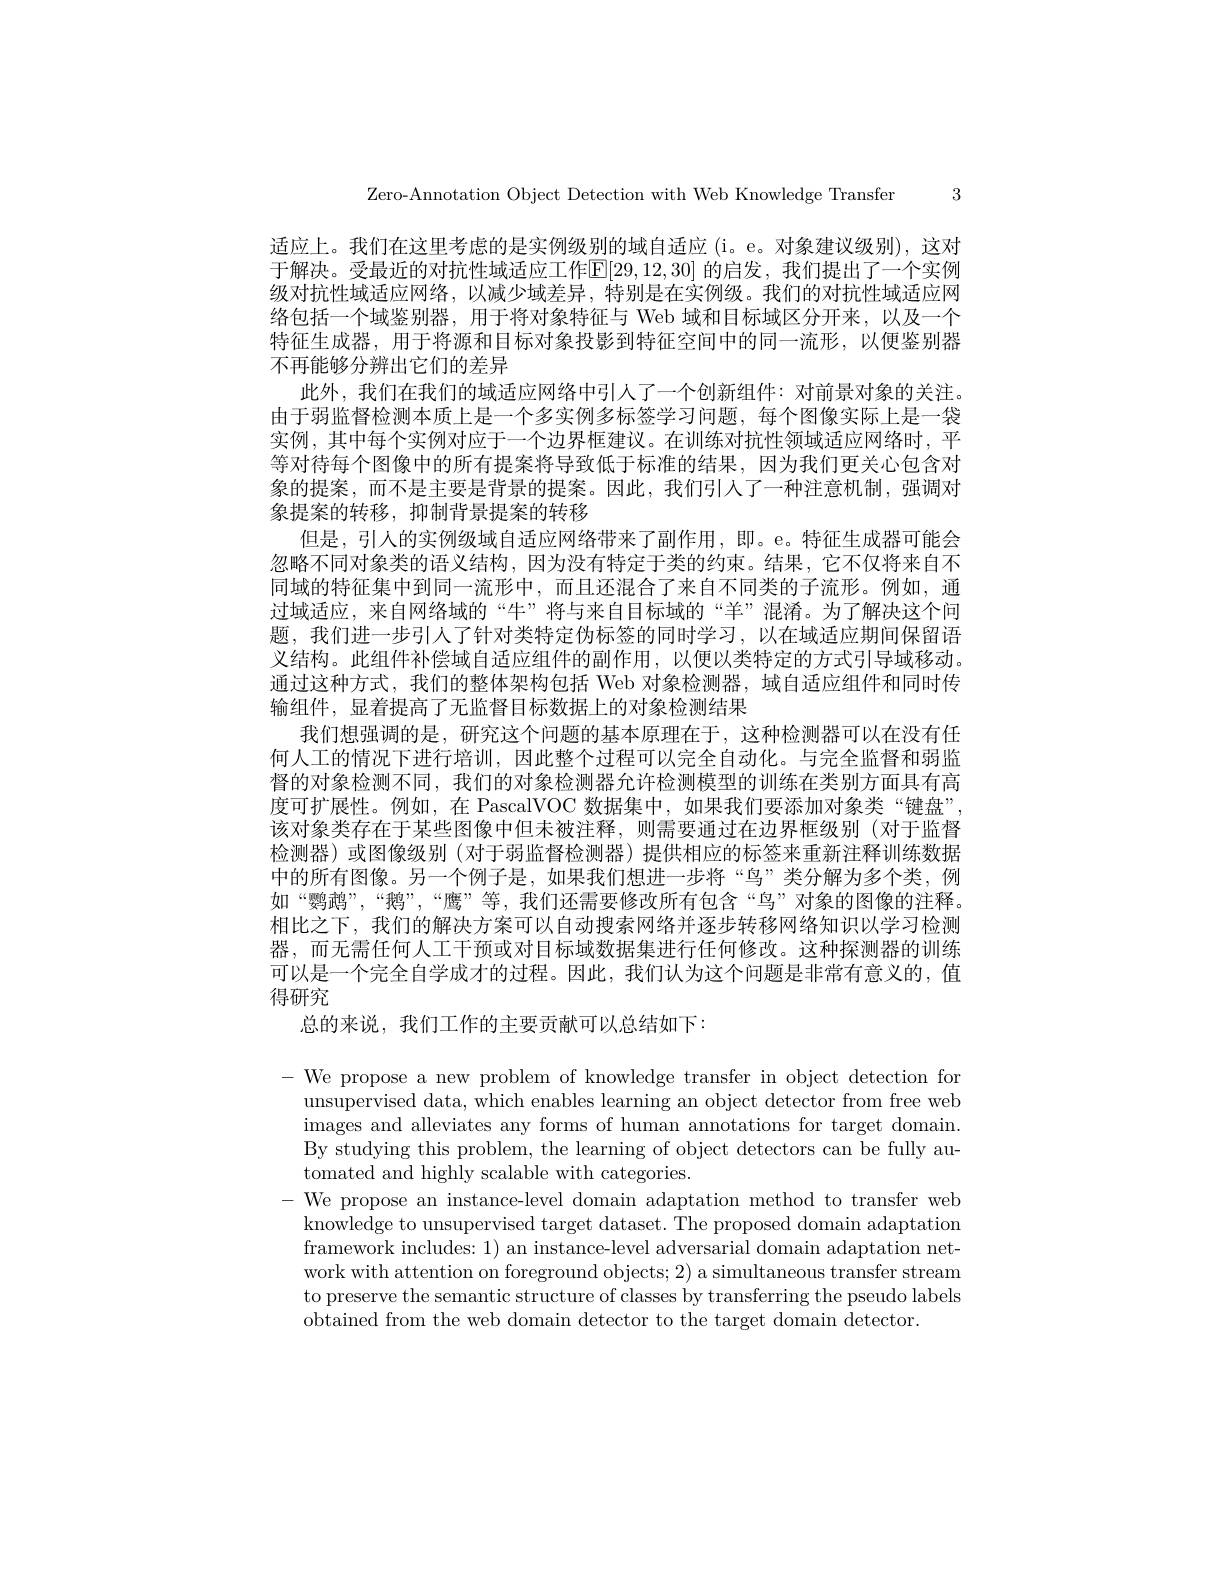
Zero-Annotation Object Detection with Web Knowledge Transfer 3

适应上。我们在这里考虑的是实例级别的域自适应(i。e。对象建议级别),这对于解决。受最近的对抗性域适应工作$\mathbb{E}[29,12,30]$ 的启发 ,我们提出了一个实例级对抗性域适应网络，以减少域差异，特别是在实例级。我们的对抗性域适应网络包括一个域鉴别器，用于将对象特征与 Web 域和目标域区分开来，以及一个特征生成器，用于将源和目标对象投影到特征空间中的同一流形，以便鉴别器不再能够分辨出它们的差异
此外，我们在我们的域适应网络中引人了一个创新组件：对前景对象的关注。由于弱监督检测本质上是一个多实例多标签学习问题，每个图像实际上是一袋实例，其中每个实例对应于一个边界框建议。在训练对抗性领域适应网络时，平等对待每个图像中的所有提案将导致低于标准的结果，因为我们更关心包含对象的提案，而不是主要是背景的提案。因此，我们引入了一种注意机制，强调对象提案的转移，抑制背景提案的转移
但是，引人的实例级域自适应网络带来了副作用，即。e。特征生成器可能会忽略不同对象类的语义结构，因为没有特定于类的约束。结果，它不仅将来自不同域的特征集中到同一流形中，而且还混合了来自不同类的子流形。例如，通过域适应，来自网络域的“牛”将与来自目标域的“羊”混淆。为了解决这个问题，我们进一步引人了针对类特定伪标签的同时学习，以在域适应期间保留语义结构。此组件补偿域自适应组件的副作用，以便以类特定的方式引导域移动。通过这种方式，我们的整体架构包括 Web 对象检测器，域自适应组件和同时传输组件，显着提高了无监督目标数据上的对象检测结果
我们想强调的是，研究这个问题的基本原理在于，这种检测器可以在没有任何人工的情况下进行培训，因此整个过程可以完全自动化。与完全监督和弱监督的对象检测不同，我们的对象检测器允许检测模型的训练在类别方面具有高度可扩展性。例如，在 PascalVOC 数据集中，如果我们要添加对象类“键盘”, 该对象类存在于某些图像中但未被注释，则需要通过在边界框级别(对于监督检测器)或图像级别(对于弱监督检测器)提供相应的标签来重新注释训练数据中的所有图像。另一个例子是，如果我们想进一步将“鸟”类分解为多个类，例如“鹦鹉”,“鹅”,“鹰”等，我们还需要修改所有包含“鸟”对象的图像的注释。相比之下，我们的解决方案可以自动搜索网络并逐步转移网络知识以学习检测器，而无需任何人工干预或对目标域数据集进行任何修改。这种探测器的训练可以是一个完全自学成才的过程。因此，我们认为这个问题是非常有意义的，值得研究
总的来说，我们工作的主要贡献可以总结如下：

- We propose a new problem of knowledge transfer in object detection for
unsupervised data, which enables learning an object detector from free web images and alleviates any forms of human annotations for target domain. By studying this problem, the learning of object detectors can be fully automated and highly scalable with categories.
- We propose an instance-level domain adaptation method to transfer web
knowledge to unsupervised target dataset. The proposed domain adaptation framework includes: 1) an instance-level adversarial domain adaptation network with attention on foreground objects; 2) a simultaneous transfer stream to preserve the semantic structure of classes by transferring the pseudo labels obtained from the web domain detector to the target domain detector.